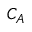
C _ { A }